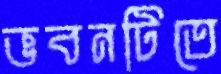
ভবনটিতে